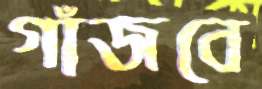
গাঁজবে